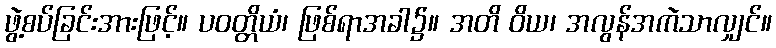
ဖွဲ့စပ်ခြင်းအားဖြင့်။ ပဝတ္တိယံ၊ ဖြစ်ရာအခါ၌။ အတိ ဝိယ၊ အလွန်အကဲသာလျှင်။